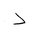
Letter: _dal